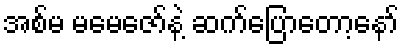
အစ်မ မမေဇော်နဲ့ ဆက်ပြောတော့နော်